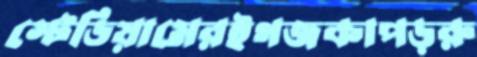
স্টেডিয়ামেরইগজকাপড়রু